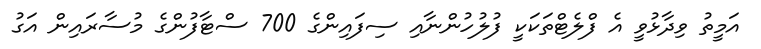
އަމީތު ވިދާޅުވީ އެ ފްލެޓްތަކަކީ ފުލުހުންނާއި ސިފައިންގެ 700 ސްޓާފުންގެ މުސާރައިން އަގު